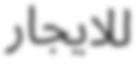
للايجار